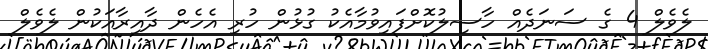
ލެވެލް 4 ގެ ސަނަދެއް ހާސިލުކޮށްފައިވުމާއެކު ގުޅުން ހުރި އެހެން ދާއިރާއަކުން ލެވެލް